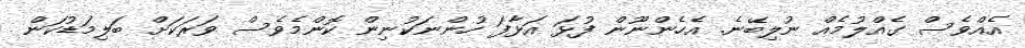
އެއްވެސް ގެއްލުމެއް ނުލިބޭނެ. އެހެންނޫން ފުޅަ އަޅާފަ ހުންނަކުނިން ކޮންމެވެސް ވަރަކަށް ބަލިމަޑުކަން